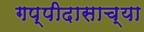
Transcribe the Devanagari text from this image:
गप्पीदासाच्या